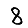
Digit: 8